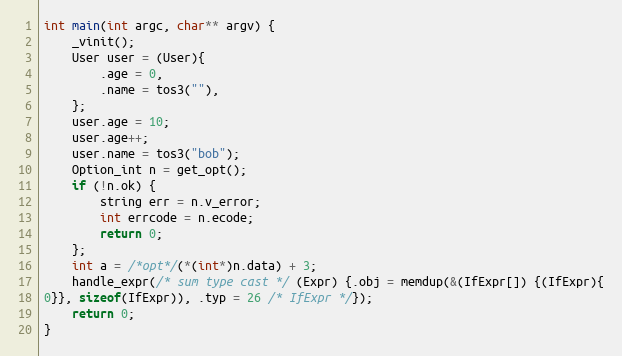
Language: C
int main(int argc, char** argv) {
	_vinit();
	User user = (User){
		.age = 0,
		.name = tos3(""),
	};
	user.age = 10;
	user.age++;
	user.name = tos3("bob");
	Option_int n = get_opt();
	if (!n.ok) {
		string err = n.v_error;
		int errcode = n.ecode;
		return 0;
	};
	int a = /*opt*/(*(int*)n.data) + 3;
	handle_expr(/* sum type cast */ (Expr) {.obj = memdup(&(IfExpr[]) {(IfExpr){
0}}, sizeof(IfExpr)), .typ = 26 /* IfExpr */});
	return 0;
}